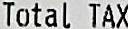
TOTAL TAX